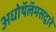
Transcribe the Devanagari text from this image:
अधोथॅलॅमसद्वारे